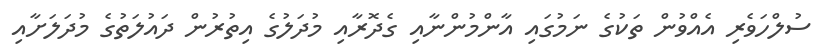
ސުލްހަވެރި އެއްވުން ތަކުގެ ނަމުގައި އާންމުންނާއި ގެދޮރާއި މުދަލުގެ އިތުރުން ދައުލަތުގެ މުދަލަށާއި